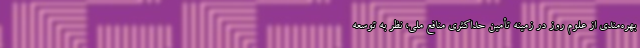
بهره‌مندی از علوم روز در زمینه تأمین حداکثری منافع ملی، نظر به توسعه